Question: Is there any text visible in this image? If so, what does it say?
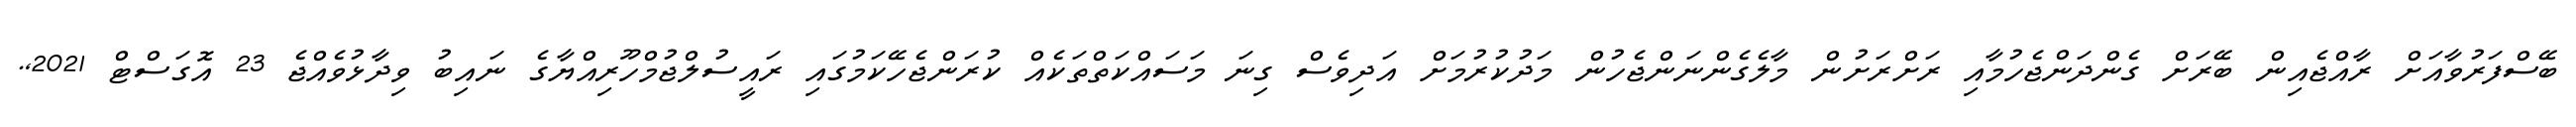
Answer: ބޭސްފަރުވާއަށް ރާއްޖެއިން ބޭރަށް ގެންދަންޖެހުމާއި ރަށްރަށުން މާލެގެންނަންޖެހުން މަދުކުރުމަށް އަދިވެސް ގިނަ މަސައްކަތްތަކެއް ކުރަންޖެހޭކަމުގައި ރައީސުލްޖުމްހޫރިއްޔާގެ ނައިބު ވިދާޅުވެއްޖެ 23 އޮގަސްޓް 2021,.